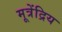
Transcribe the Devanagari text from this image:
मूत्रेंद्रिय